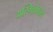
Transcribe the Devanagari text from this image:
अस्मितेबद्दल